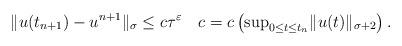
LaTeX: \begin{align*}\Vert u(t_{n+1}) - u^{n+1}\Vert_\sigma \leq c \tau^\varepsilon \quad c = c \left(\mathrm{sup}_{0 \leq t \leq t_n}\Vert u(t)\Vert_{\sigma+2}\right).\end{align*}